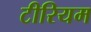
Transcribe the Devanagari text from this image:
टीरियम